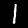
Label: 1